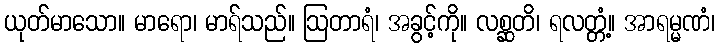
ယုတ်မာသော။ မာရော၊ မာရ်သည်။ ဩတာရံ၊ အခွင့်ကို။ လစ္ဆတိ၊ ရလတ္တံ့။ အာရမ္မဏံ၊